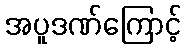
အပူဒဏ်ကြောင့်